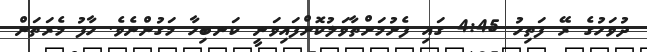
ދުވަހުގެ ރޭ ފަތިހު 4:45 ގައި ފެށުމަށްތާވަލުކޮށްފައިވަނީ ކަނބިހާ މަގުންނެވެ. ހާފު މެރަތަން